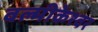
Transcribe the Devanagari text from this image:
वल्मीकेश्वर